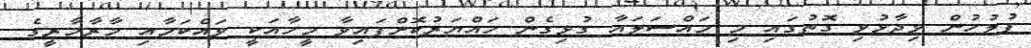
ފުލުހުން ވިދާޅުވި ގޮތުގައި މި މައްސަލައާ ގުޅިގެން ހައްޔަރުކޮށްފައިވާ މީހާއަކީ ވައްކަމާއި މާރާމާރީގެ